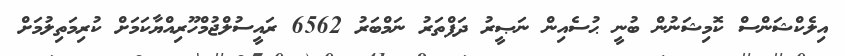
އިލެކްޝަންސް ކޮމިޝަނުން ބުނީ ޙުސެއިން ނަޞީރު ދަފްތަރު ނަމްބަރު 6562 ރައީސުލްޖުމްހޫރިއްޔާކަމަށް ކުރިމަތިލުމަށް